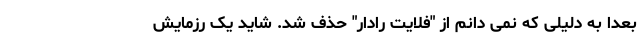
بعدا به دلیلی که نمی دانم از "فلایت رادار" حذف شد. شاید یک رزمایش